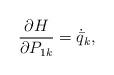
LaTeX: \begin{align*} \frac{\partial H}{\partial P_{1 k}} = \dot{\bar{q}}_k ,\end{align*}